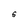
Character: S